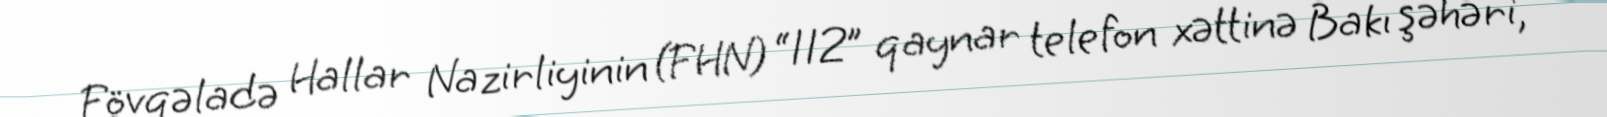
Fövqəladə Hallar Nazirliyinin (FHN) “112” qaynar telefon xəttinə Bakı şəhəri,